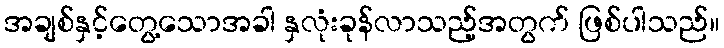
အချစ်နှင့်တွေ့သောအခါ နှလုံးခုန်လာသည့်အတွက် ဖြစ်ပါသည်။